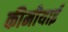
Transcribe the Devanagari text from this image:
कीमीयाई